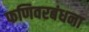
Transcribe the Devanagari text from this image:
फणिवरबंधना